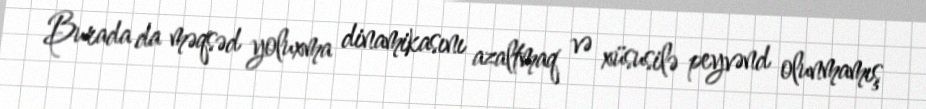
Burada da məqsəd yoluxma dinamikasını azaltmaq və xüsusilə peyvənd olunmamış